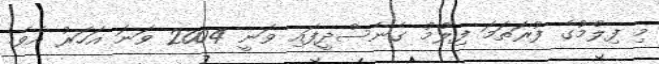
މި ފިލްމުގެ ފުރަތަމަ ފިލްމު ގެނެސްދީފައި ވަނީ 2004 ވަނަ އަހަރު އެވެ.